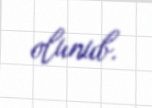
olunub.